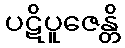
ပဋိပူဇေန္တိ